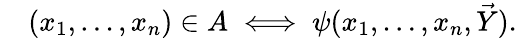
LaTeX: \quad(x_{1},\ldots,x_{n})\in A\iff\psi(x_{1},\ldots,x_{n},{\vec{Y}}).